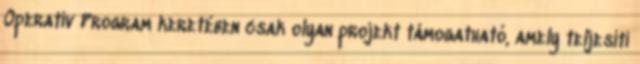
Operatív Program keretében csak olyan projekt támogatható, amely teljesíti